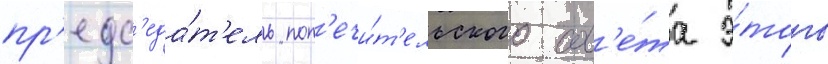
пр'едс'еда́т'ель поп'ечи́т'ельского сов'е́та э́того